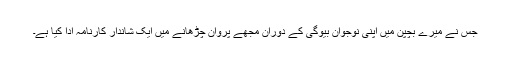
جس نے میرے بچپن میں اپنی نوجوان بیوگی کے دوران مجھے پروان چڑھانے میں ایک شاندار کارنامہ ادا کِیا ہے۔